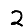
Digit: 2